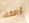
أرافقك